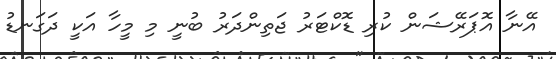
އޭނާ އޮޕަރޭޝަން ކުރި ޑޮކްޓަރު ޖަތިންދަރު ބުނީ މި މީހާ އަކީ ދަގަނޑު